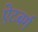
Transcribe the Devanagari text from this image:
ऐटबर्ग